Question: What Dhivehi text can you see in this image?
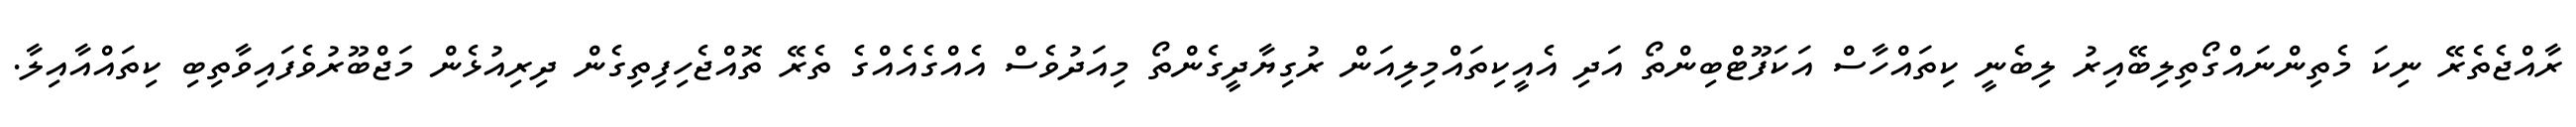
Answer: ރާއްޖެތެރޭ ނިކަ މެތިންނައްގޯތިލިބޭއިރު ލިބެނީ ކިތައްހާސް އަކަފޫޓްބިންތޯ އަދި އެއީކިތައްމިލިއަން ރުގިޔާދީގެންތޯ މިއަދުވެސް އެއްގެއެއްގެ ތެރޭ ތޮއްޖެހިފިތިގެން ދިރިއުޅެން މަޖްބޫރުވެފައިވާތިބި ކިތައްއާއިލާ.